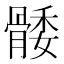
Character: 𮪭